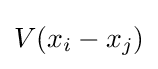
V(x_{i}-x_{j})